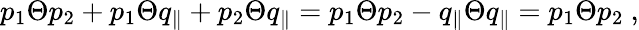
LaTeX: p_{1}\Theta p_{2}+p_{1}\Theta q_{\parallel}+p_{2}\Theta q_{\parallel}=p_{1}\Theta p_{2}-q_{\parallel}\Theta q_{\parallel}=p_{1}\Theta p_{2}~,